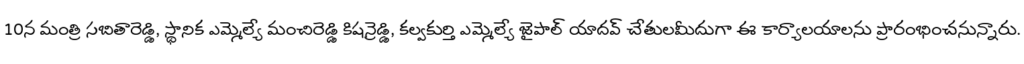
10న మంత్రి సబితారెడ్డి, స్థానిక ఎమ్మెల్యే మంచిరెడ్డి కిషన్రెడ్డి, కల్వకుర్తి ఎమ్మెల్యే జైపాల్ యాదవ్ చేతులమీదుగా ఈ కార్యాలయాలను ప్రారంభించనున్నారు.